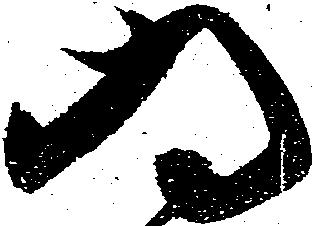
為